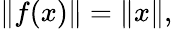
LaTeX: \| f(x)\| =\| x\| ,